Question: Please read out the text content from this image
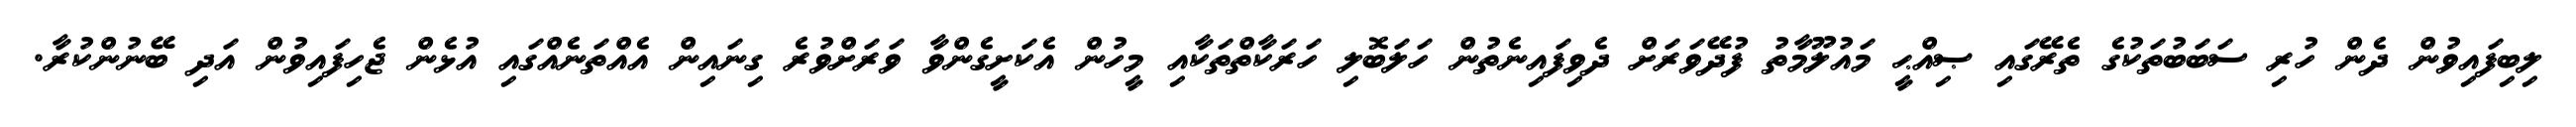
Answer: ލިބިފައިވުން ދެން ހުރި ސަބަބުތަކުގެ ތެރޭގައި ޞިއްޙީ މައުލޫމާތު ފުދޭވަރަށް ދެވިފައިނެތުން ހަލަބޮލި ހަރަކާތްތަކާއި މީހުން އެކަށީގެންވާ ވަރަށްވުރެ ގިނައިން އެއްތަނެއްގައި އުޅެން ޖެހިފައިވުން އަދި ބޭނުންކުރާ.